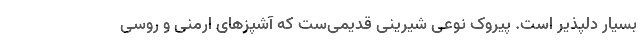
بسیار دلپذیر است. پیروک نوعی شیرینی قدیمی‌ست که آشپزهای ارمنی و روسی